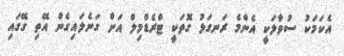
އެކަމަކު ސުވާލަކީ އެންމެ ރަނގަޅު ގޮތަކީ ޓްރެޑްމިލް އަށް ގަނެލައިގެން އޭތި ގޭގައި